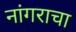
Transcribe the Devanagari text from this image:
नांगराचा